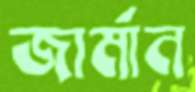
জার্মান